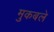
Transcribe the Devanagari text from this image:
मुकबले